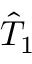
\hat { T } _ { 1 }